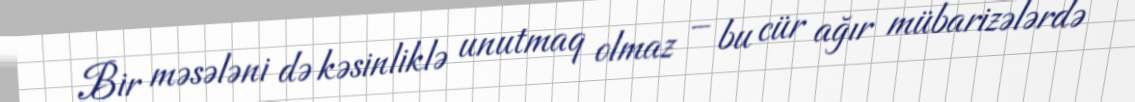
Bir məsələni də kəsinliklə unutmaq olmaz – bu cür ağır mübarizələrdə